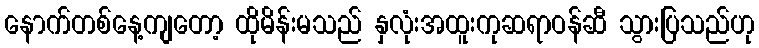
နောက်တစ်နေ့ကျတော့ ထိုမိန်းမသည် နှလုံးအထူးကုဆရာဝန်ဆီ သွားပြသည်ဟု